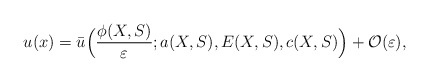
\begin{align*}u(x)=\bar{u}\Big(\frac{\phi(X,S)}{\varepsilon};a(X,S),E(X,S),c(X,S)\Big)+\mathcal{O}(\varepsilon),\end{align*}